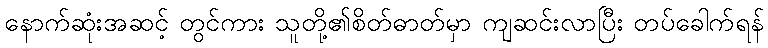
နောက်ဆုံးအဆင့် တွင်ကား သူတို့၏စိတ်ဓာတ်မှာ ကျဆင်းလာပြီး တပ်ခေါက်ရန်